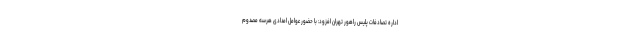
اداره تصادفات پلیس راهور تهران افزود: با حضور عوامل امدادی هرسه مصدوم